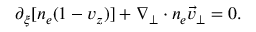
\begin{array} { r } { \partial _ { \xi } [ n _ { e } ( 1 - v _ { z } ) ] + \nabla _ { \perp } \cdot n _ { e } \vec { v } _ { \perp } = 0 . } \end{array}